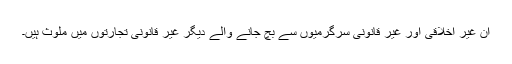
ان غیر اخلاقی اور غیر قانونی سرگرمیوں سے بچ جانے والے دیگر غیر قانونی تجارتوں میں ملوث ہیں۔